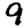
Digit: 9